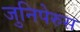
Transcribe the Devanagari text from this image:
जुनिपेरुस